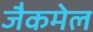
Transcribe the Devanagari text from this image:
जैकमेल